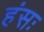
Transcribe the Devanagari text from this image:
हंसः